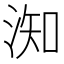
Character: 𣶱